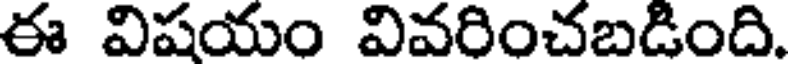
ఈ విషయం వివరించబడింది.